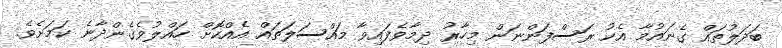
ބަދަލުތައް ގެނައުމާ އެކު ރަސްފަންނަން މިހާރު ދިމާވެފައިވާ މައްސަލަތައް އެއްކޮށް ހައްލުވެގެންދާނެ ކަމަށެވެ.